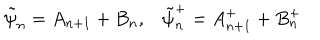
LaTeX: \tilde { \psi } _ { n } = A _ { n + 1 } + B _ { n } , \tilde { \psi } _ { n } ^ { + } = A _ { n + 1 } ^ { + } + B _ { n } ^ { + }